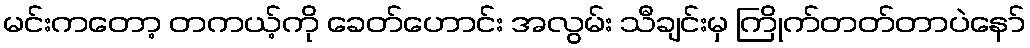
မင်းကတော့ တကယ့်ကို ခေတ်ဟောင်း အလွမ်း သီချင်းမှ ကြိုက်တတ်တာပဲနော်